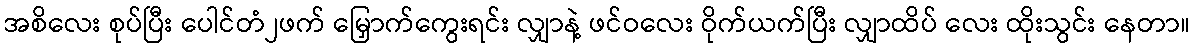
အစိလေး စုပ်ပြီး ပေါင်တံ၂ဖက် မြှောက်ကွေးရင်း လျှာနဲ့ ဖင်ဝလေး ဝိုက်ယက်ပြီး လျှာထိပ် လေး ထိုးသွင်း နေတာ။